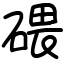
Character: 碨